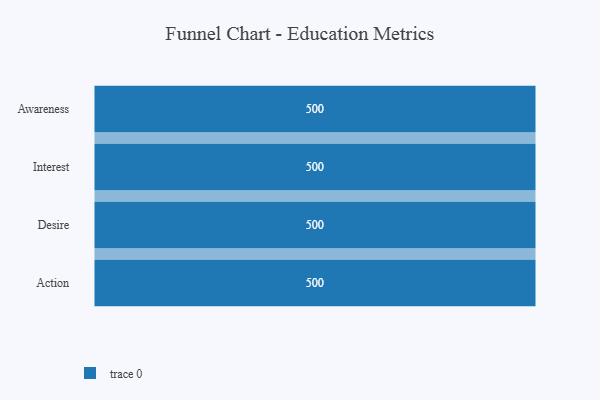
{"axis": {"x": "Stage", "y": "Value"}, "legend": [""], "data": [{"x": "Awareness", "y": 500, "type": ""}, {"x": "Interest", "y": 500, "type": ""}, {"x": "Desire", "y": 500, "type": ""}, {"x": "Action", "y": 500, "type": ""}]}